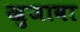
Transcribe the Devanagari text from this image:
खुजावा